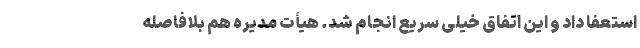
استعفا داد و این اتفاق خیلی سریع انجام شد. هیأت مدیره هم بلافاصله